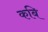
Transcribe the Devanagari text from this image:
कबि